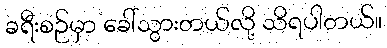
ခရီးစဉ်မှာ ခေါ်သွားတယ်လို့ သိရပါတယ်။